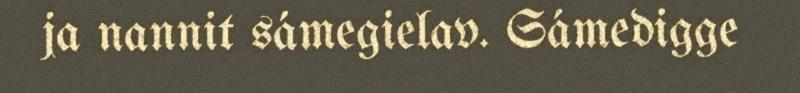
ja nannit sámegielav. Sámedigge